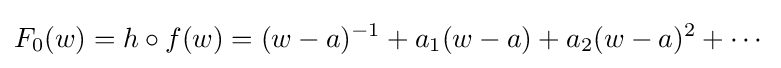
F_{0}(w)=h\circ f(w)=(w-a)^{-1}+a_{1}(w-a)+a_{2}(w-a)^{2}+\cdots